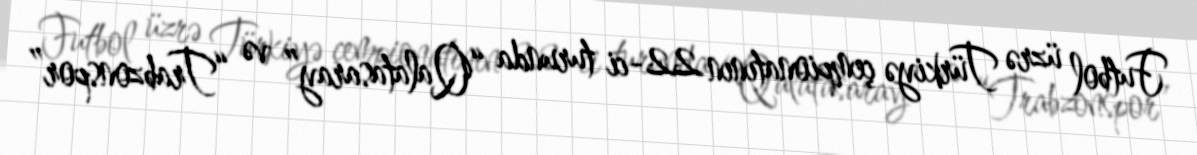
Futbol üzrə Türkiyə çempionatının 22-ci turunda “Qalatasaray” və “Trabzonspor”